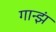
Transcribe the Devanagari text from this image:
गान्झं